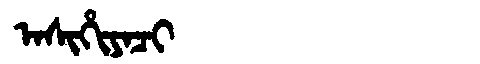
Manchu: ᠠᠰᡳᡥᡳᠶᠠᠴᡳ
Romanization: ASIHIYACI